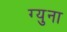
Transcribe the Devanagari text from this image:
ग्युना